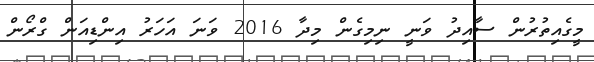
މީގެއިތުރުން ސާއިދު ވަނީ ނިމިގެން މިދާ 2016 ވަނަ އަހަރު އިންޑިއަން ގްރޯން